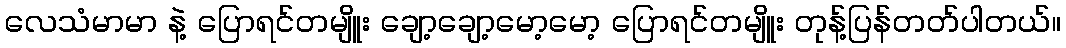
လေသံမာမာ နဲ့ ပြောရင်တမျိူး ချော့ချော့မော့မော့ ပြောရင်တမျိူး တုန့်ပြန်တတ်ပါတယ်။